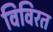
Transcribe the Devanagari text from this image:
विविरत